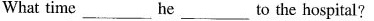
What time___ he___to the hospital?